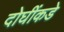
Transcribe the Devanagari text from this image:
दोघींकडे